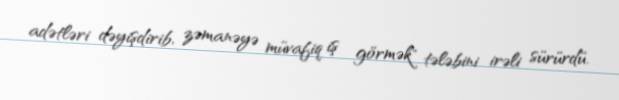
adətləri dəyişdirib, zəmanəyə müvafiq iş görmək" tələbini irəli sürürdü.